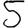
Digit: 5